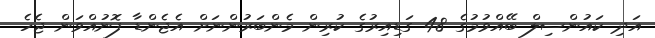
އަދި ކައުންސިލް ބޭއްވުމުގެ 48 ގަޑިއިރުގެ ކުރިން މެންބަރުންނަށް އެޖެންޑާ ފޮނުއްވަން ޖެހެ